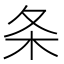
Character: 条